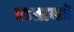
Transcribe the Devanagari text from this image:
ऋतायते